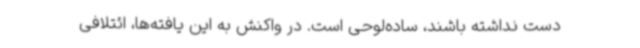
دست نداشته باشند، ساده‌لوحی است. در واکنش به این یافته‌ها، ائتلافی